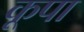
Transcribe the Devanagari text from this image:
कूपा